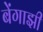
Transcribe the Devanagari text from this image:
बेंगाझी